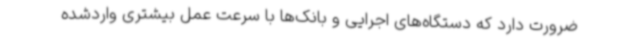
ضرورت دارد که دستگاه‌های اجرایی و بانک‌ها با سرعت عمل بیشتری واردشده